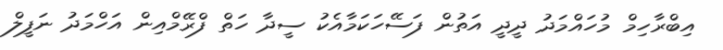
އިބްރާހިމް މުހައްމަދު ދީދީ އަތުން ފަސޭހަކަމާއެކު ސީދާ ހަތް ފްރޭމްއިން އަހްމަދު ނަފީލް